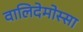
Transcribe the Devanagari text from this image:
वालिदेमोस्सा